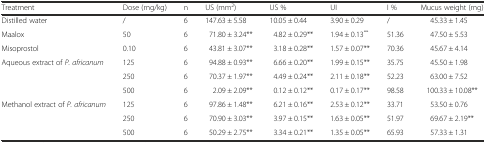
<table><thead><tr><td><b>Treatment</b></td><td><b>Dose (mg/kg)</b></td><td><b>n</b></td><td><b>US (mm<sup>2</sup>)</b></td><td><b>US %</b></td><td><b>UI</b></td><td><b>I %</b></td><td><b>Mucus weight (mg)</b></td></tr></thead><tbody><tr><td>Distilled water</td><td>/</td><td>6</td><td>147.63 ± 5.58</td><td>10.05 ± 0.44</td><td>3.90 ± 0.29</td><td>/</td><td>45.33 ± 1.45</td></tr><tr><td>Maalox</td><td>50</td><td>6</td><td>71.80 ± 3.24**</td><td>4.82 ± 0.29**</td><td>1.94 ± 0.13<sup>**</sup></td><td>51.36</td><td>47.50 ± 5.53</td></tr><tr><td>Misoprostol</td><td>0.10</td><td>6</td><td>43.81 ± 3.07**</td><td>3.18 ± 0.28**</td><td>1.57 ± 0.07**</td><td>70.36</td><td>45.67 ± 4.14</td></tr><tr><td rowspan="3">Aqueous extract of <i>P. africanum</i></td><td>125</td><td>6</td><td>94.88 ± 0.93**</td><td>6.66 ± 0.20**</td><td>1.99 ± 0.15**</td><td>35.75</td><td>45.50 ± 1.98</td></tr><tr><td>250</td><td>6</td><td>70.37 ± 1.97**</td><td>4.49 ± 0.24**</td><td>2.11 ± 0.18**</td><td>52.23</td><td>63.00 ± 7.52</td></tr><tr><td>500</td><td>6</td><td>2.09 ± 2.09**</td><td>0.12 ± 0.12**</td><td>0.17 ± 0.17**</td><td>98.58</td><td>100.33 ± 10.08**</td></tr><tr><td rowspan="3">Methanol extract of <i>P. africanum</i></td><td>125</td><td>6</td><td>97.86 ± 1.48**</td><td>6.21 ± 0.16**</td><td>2.53 ± 0.12**</td><td>33.71</td><td>53.50 ± 0.76</td></tr><tr><td>250</td><td>6</td><td>70.90 ± 3.03**</td><td>3.97 ± 0.15**</td><td>1.63 ± 0.05**</td><td>51.97</td><td>69.67 ± 2.19**</td></tr><tr><td>500</td><td>6</td><td>50.29 ± 2.75**</td><td>3.34 ± 0.21**</td><td>1.35 ± 0.05**</td><td>65.93</td><td>57.33 ± 1.31</td></tr></tbody></table>